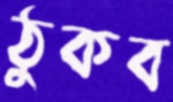
ঠুকব